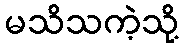
မသိသကဲ့သို့